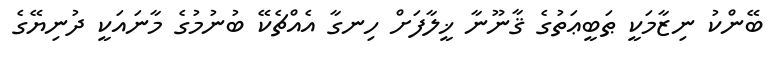
ބޭންކު ނިޒާމަކީ ޠަބީޢަތުގެ ޤާނޫނާ ޚީލާފަށް ހިނގާ އެއްޗެކޭ ބުނުމުގެ މާނައަކީ ދުނިޔޭގެ